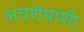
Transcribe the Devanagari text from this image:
अवशेषांशी